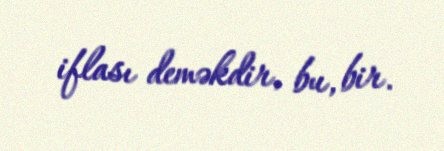
iflası deməkdir, bu, bir.